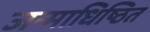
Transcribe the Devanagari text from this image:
जन्माधिष्ठित